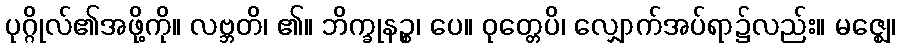
ပုဂ္ဂိုလ်၏အဖို့ကို။ လဗ္ဘတိ၊ ၏။ ဘိက္ခုနဉ္စ၊ ပေ။ ဝုတ္တေပိ၊ လျှောက်အပ်ရာ၌လည်း။ မဇ္ဈေ၊